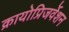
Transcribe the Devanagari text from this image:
क्रायोप्रिजर्वेशन